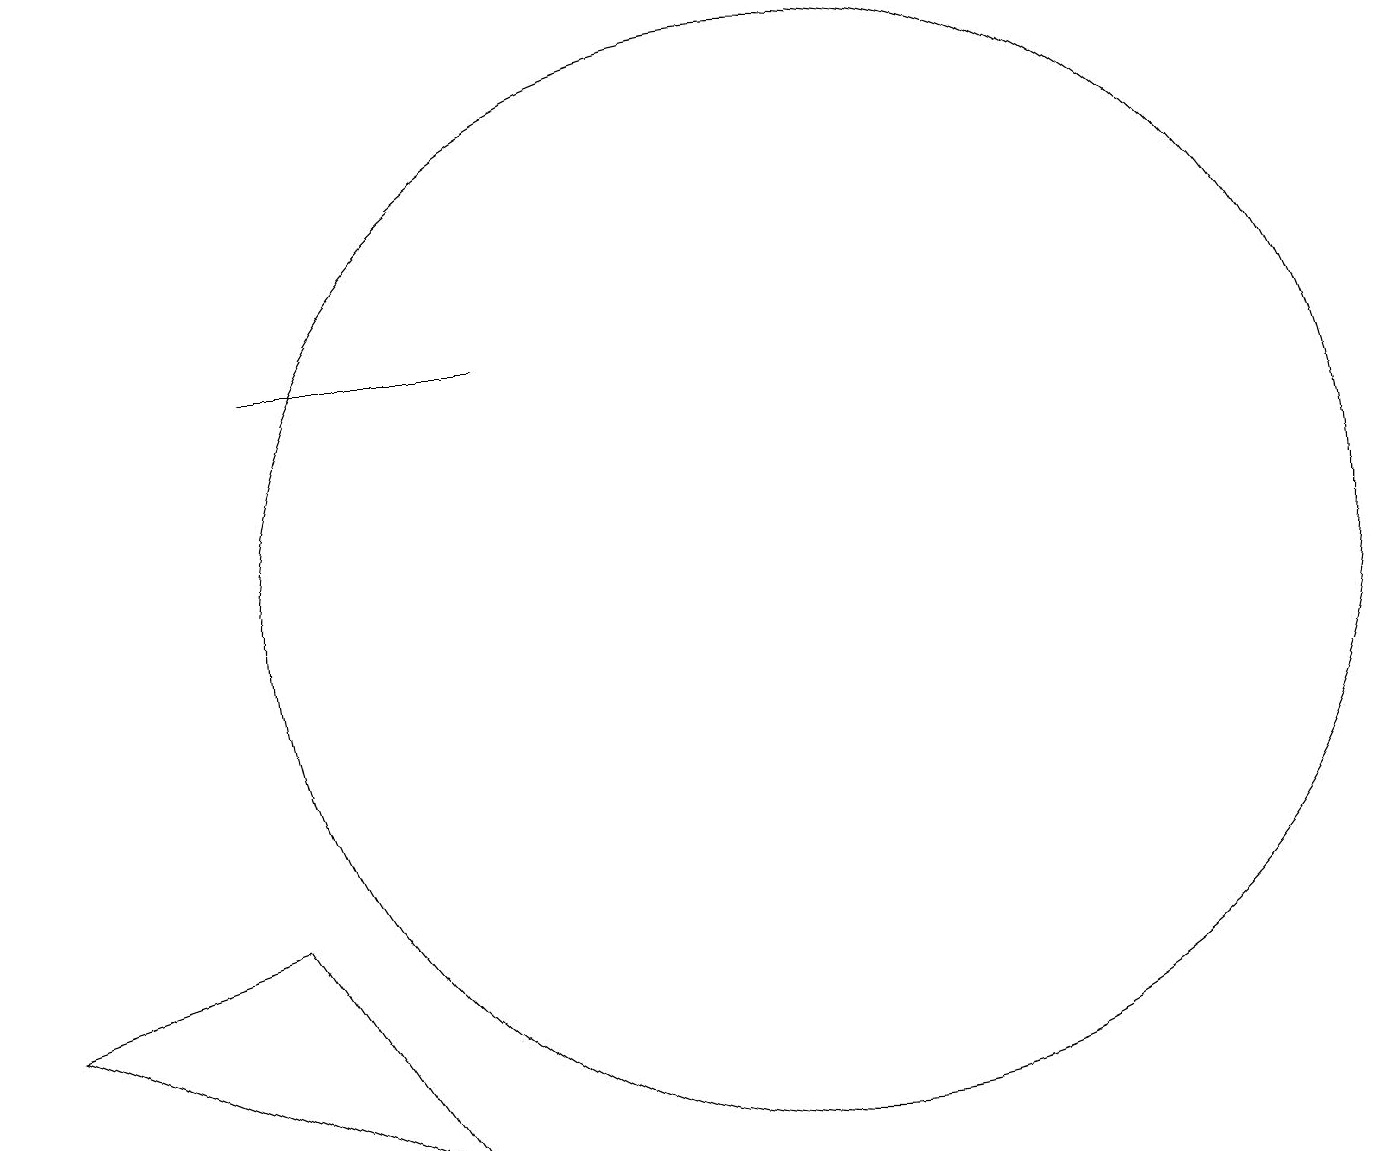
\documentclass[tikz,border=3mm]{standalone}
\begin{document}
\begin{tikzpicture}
\draw (0,5) -- (3,6) -- (5,3) -- cycle;
\draw (10,10) circle (7);
\draw (6,13) rectangle (3,13);
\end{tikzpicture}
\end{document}